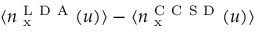
\langle n _ { \mathrm { ~ x ~ } } ^ { \mathrm { ~ L ~ D ~ A ~ } } ( u ) \rangle - \langle n _ { \mathrm { ~ x ~ } } ^ { \mathrm { ~ C ~ C ~ S ~ D ~ } } ( u ) \rangle